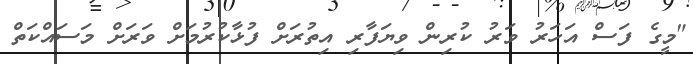
"މީގެ ފަސް އަހަރު ވަރު ކުރިން ވިޔަފާރި އިތުރަށް ފުޅާކުރުމަށް ވަރަށް މަސައްކަތް